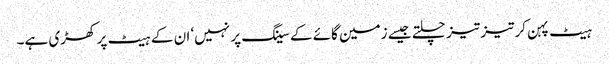
ہیٹ پہن کر تیز تیز چلتے جیسے زمین گائے کے سینگ پر نہیں‘ ان کے ہیٹ پر کھڑی ہے۔